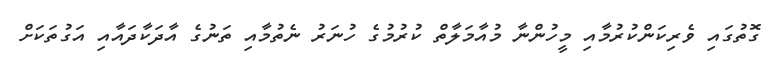
ގޮތުގައި ވެރިކަންކުރުމާއި މީހުންނާ މުއާމަލާތް ކުރުމުގެ ހުނަރު ނެތުމާއި ތަނުގެ އާދަކާދައާއި އަގުތަކަށް